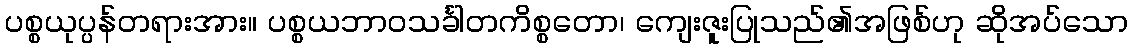
ပစ္စယုပ္ပန်တရားအား။ ပစ္စယဘာဝသင်္ခါတကိစ္စတော၊ ကျေးဇူးပြုသည်၏အဖြစ်ဟု ဆိုအပ်သော